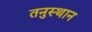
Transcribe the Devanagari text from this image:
तनुस्थान